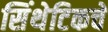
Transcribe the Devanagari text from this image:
सिंथेटिकचे